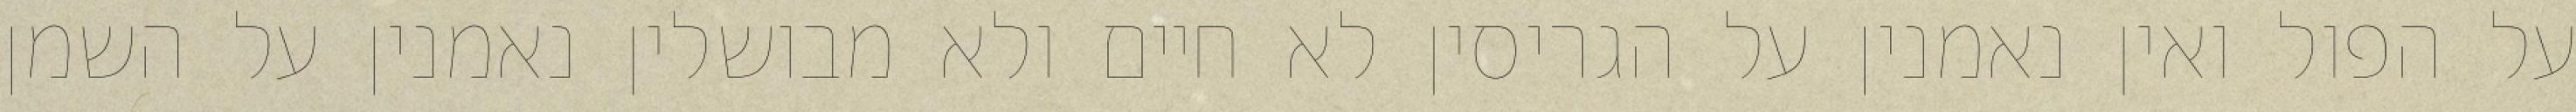
על הפול ואין נאמנין על הגריסין לא חיים ולא מבושלין נאמנין על השמן